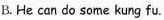
B. He can do some kung fu.